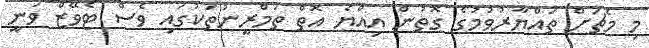
މި މެޗަށް ތައްޔާރުވުމުގެ ގޮތުން އިއްޔެ އޮތް ތަމްރީނުތަކުގައި ވެސް ޓެވޭޒް ވަނީ